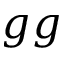
g g